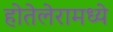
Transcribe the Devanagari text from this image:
होतेलेरामध्ये